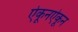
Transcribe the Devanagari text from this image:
ऐकूनऐकून